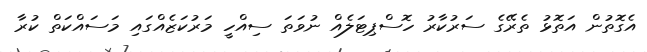
އެގޮތުން އަތޮޅު ތެރޭގެ ސަރުކާރު ހޮސްޕިޓަލެއް ނުވަތަ ސިއްހީ މަރުކަޒެއްގައި މަސައްކަތް ކުރާ